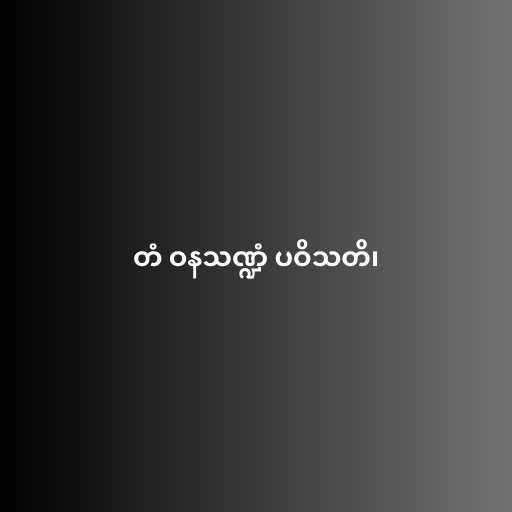
တံ ဝနသဏ္ဍံ ပဝိသတိ၊